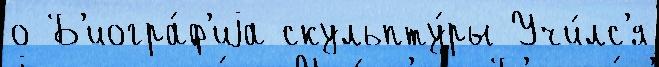
о Б'иогра́ф'иjа скульпту́ры Учи́лс'я